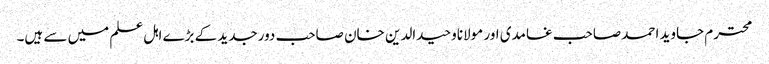
محترم جاوید احمد صاحب غامدی اور مولاناوحیدالدین خان صاحب دورجدید کے بڑے اہل علم میں سے ہیں۔